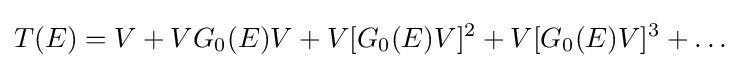
T(E)=V+VG_{0}(E)V+V[G_{0}(E)V]^{2}+V[G_{0}(E)V]^{3}+\dots